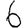
Digit: 6